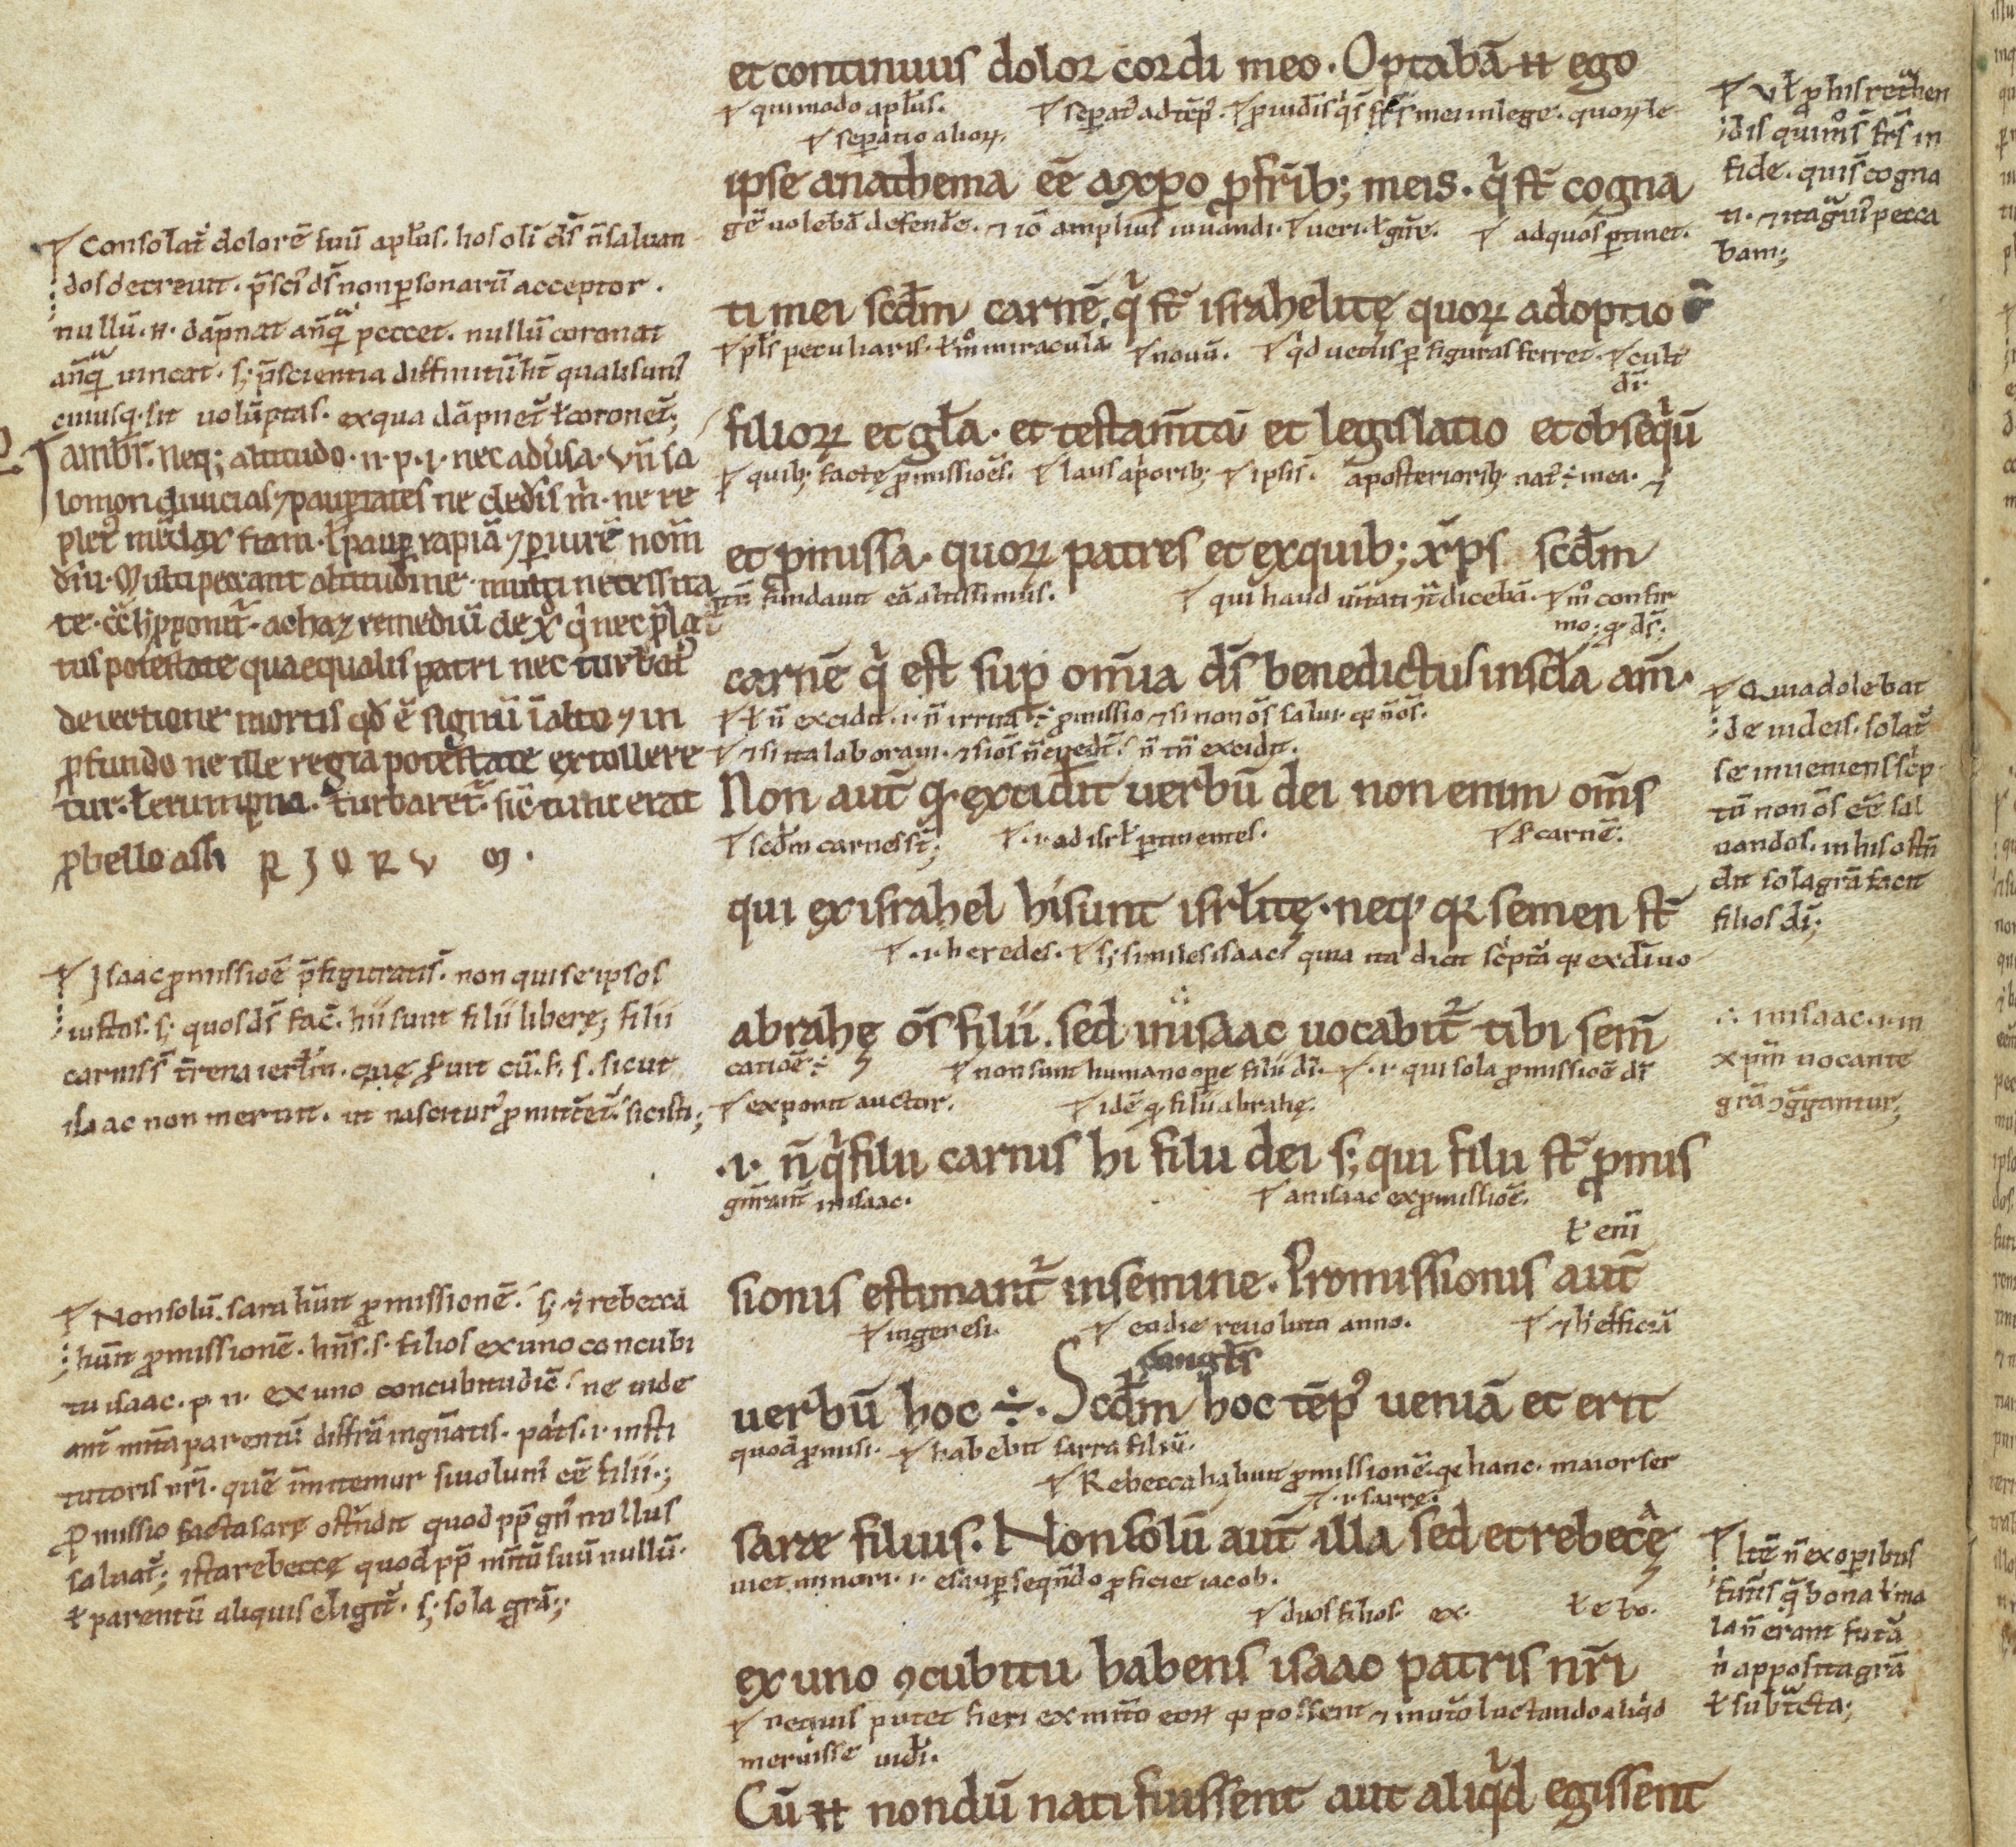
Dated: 1100–1199